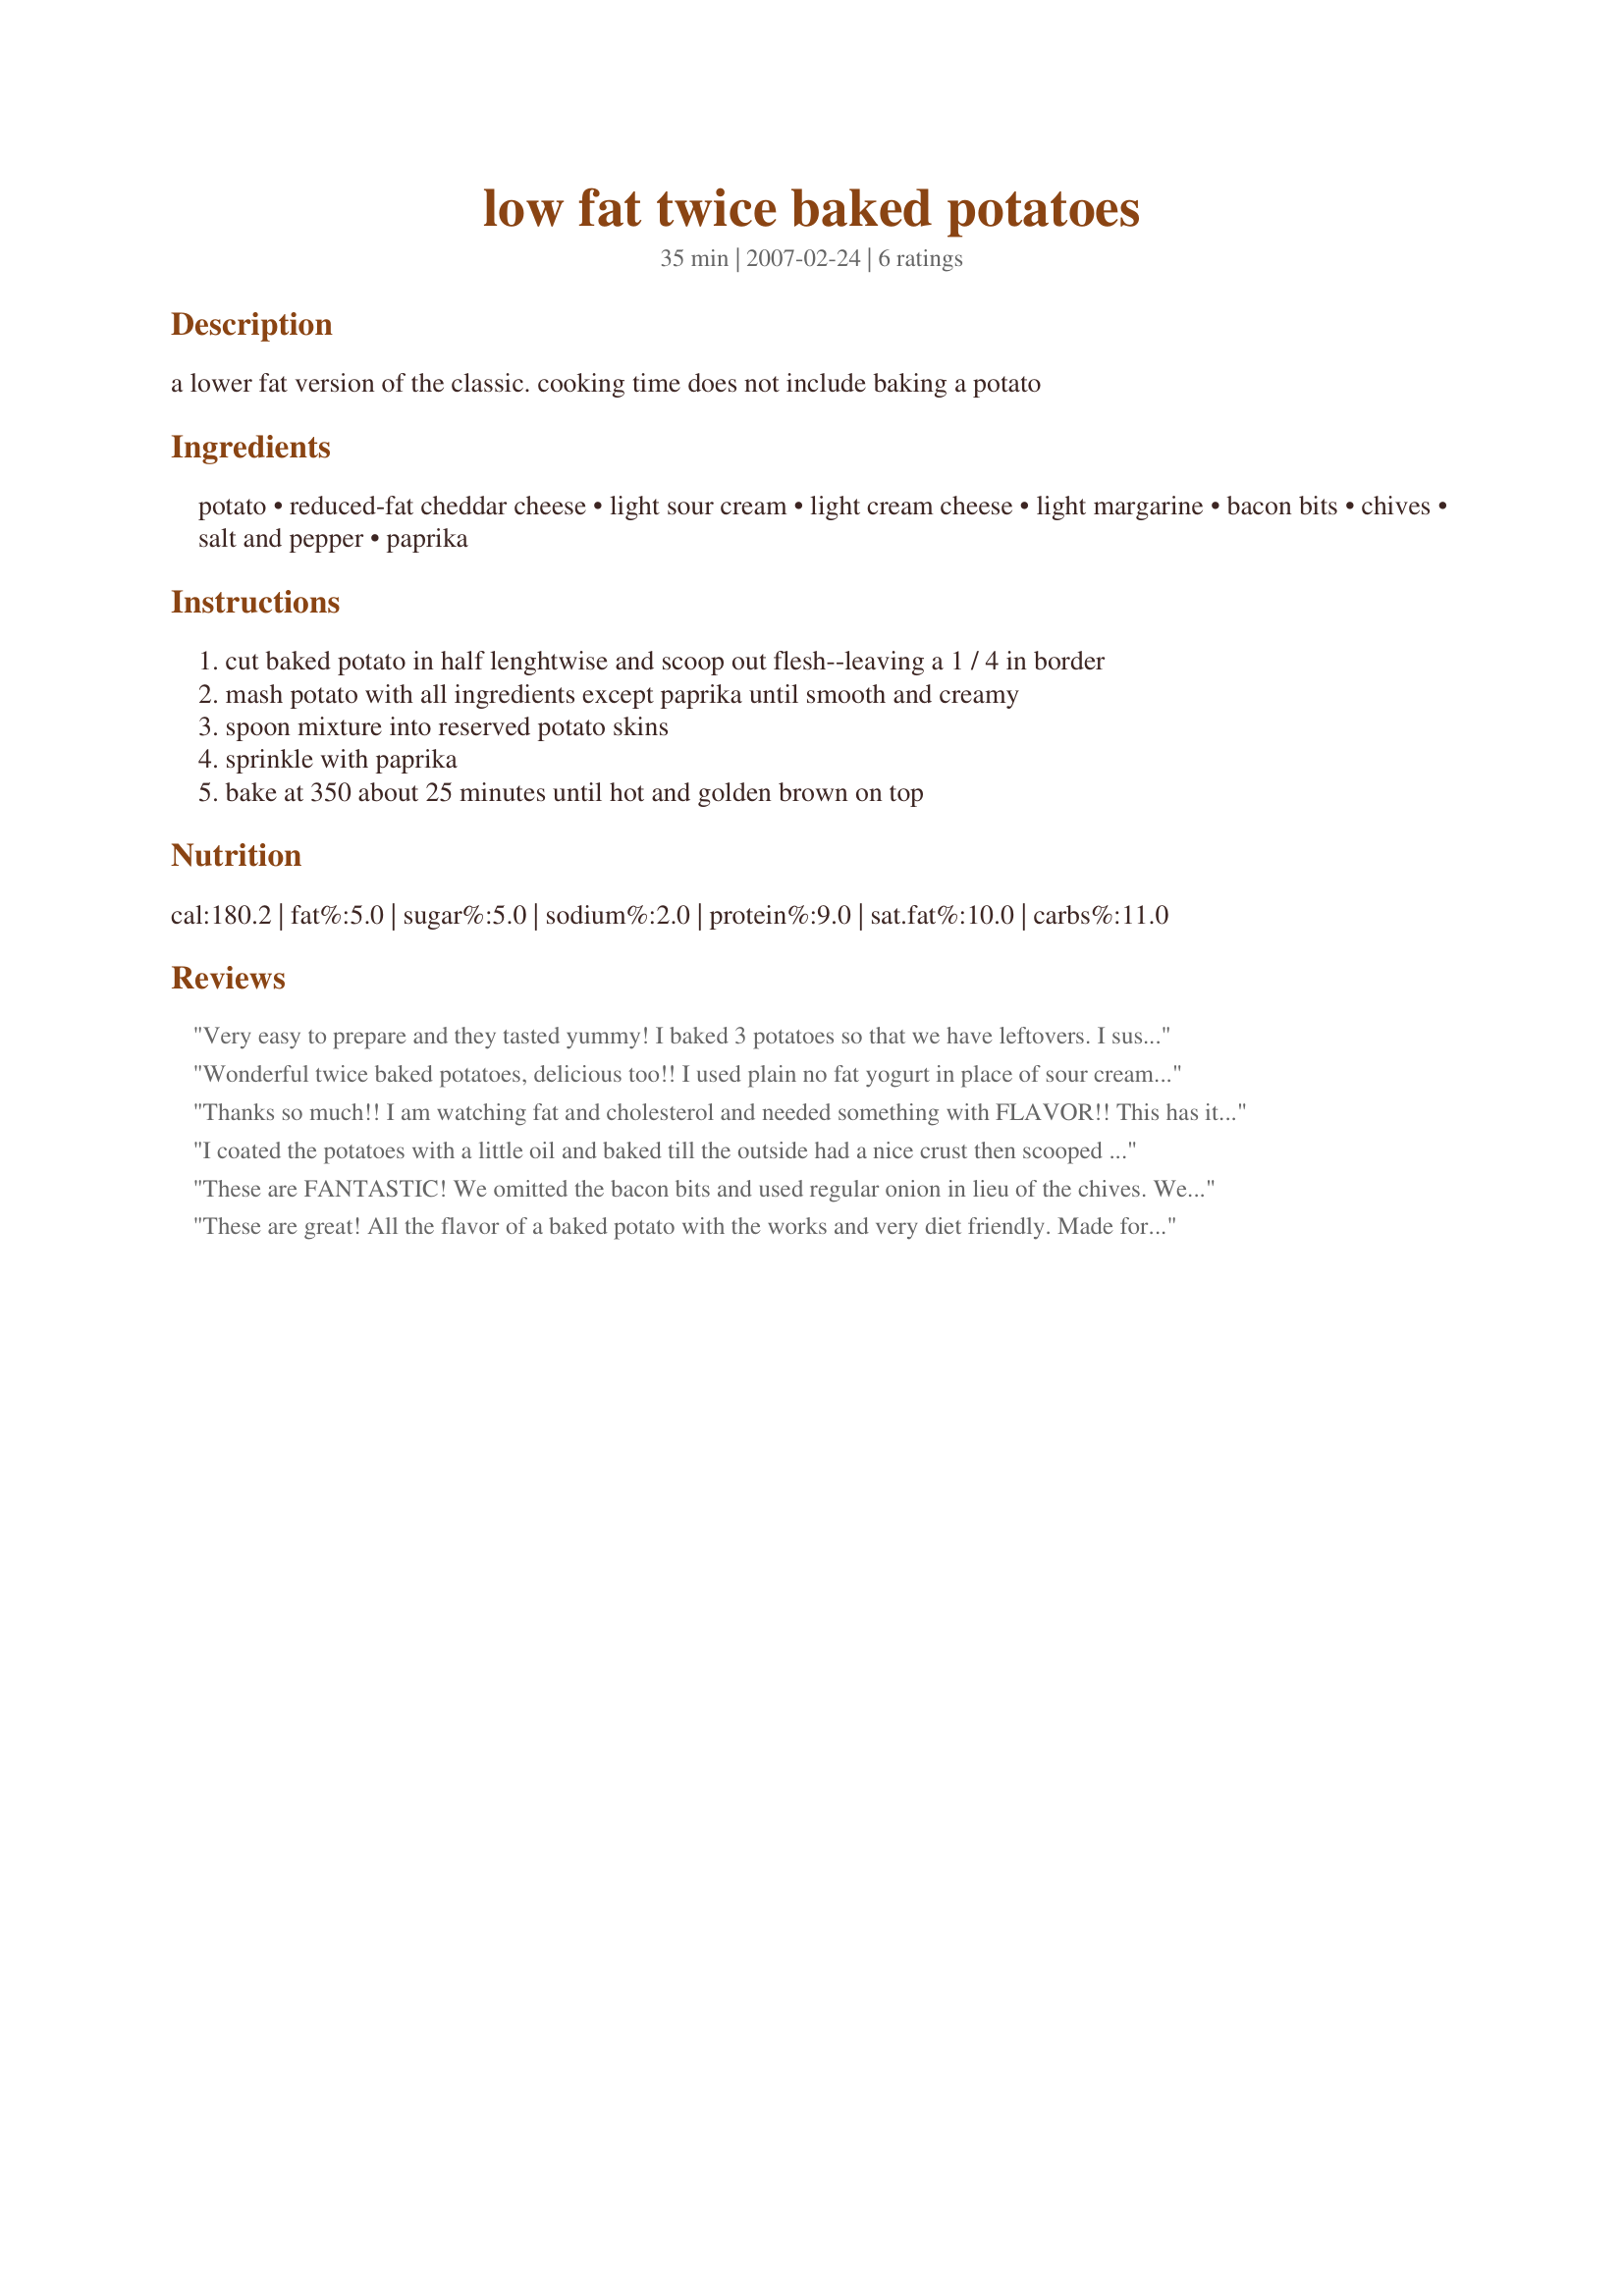
low fat twice baked potatoes
Preparation time: 35 minutes

a lower fat version of the classic.
cooking time does not include baking a potato

Ingredients:
potato, reduced-fat cheddar cheese, light sour cream, light cream cheese, light margarine, bacon bits, chives, salt and pepper, paprika

Steps:
cut baked potato in half lenghtwise and scoop out flesh--leaving a 1 / 4 in border
mash potato with all ingredients except paprika until smooth and creamy
spoon mixture into reserved potato skins
sprinkle with paprika
bake at 350 about 25 minutes until hot and golden brown on top

Reviews:
Very easy to prepare and they tasted yummy! I baked 3 potatoes so that we have leftovers. I suspect they will be good the 2nd time around as well. I added garlic to the mixture and omitted the margarine and salt. I also used mozzarella because that's what was on hand. Husband said OK to make again, so this recipe has passed the test! Thanks much.
Wonderful twice baked potatoes, delicious too!! I used plain no fat yogurt in place of sour cream and real well crisped bacan with green onion instead of chives. We loved them and I will be making them again. I forgot to add the paprika on top but I did put half of the cheddar on top instead of all inside. Thanks for posting.
Thanks so much!! I am watching fat and cholesterol and needed something with FLAVOR!! This has it. I made recipe with fat free sour cream and fat free cream cheese and fat free cheddar, but otherwise didn't change anything else. It is great!!
I coated the potatoes with a little oil and baked till the outside had a nice crust then scooped out the center and mixed according to directions here. I used green onion in place of the chives as that is what I had on hand. I love that you can make these ahead of time and do the final baking just before dinner. Loads of flavor, low in fat and company worthy. GREAT RECIPE!
These are FANTASTIC! We omitted the bacon bits and used regular onion in lieu of the chives. We also froze these (fully assembled but without final cooking). Heated up in 30 minutes (from fully frozen state) in the oven for a quick, easy side. Delicious, healthy, quick option!
These are great! All the flavor of a baked potato with the works and very diet friendly. Made for Cookbooks Tag.
